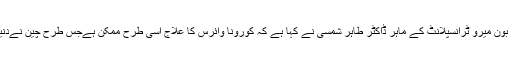
اسلام آباد: بون میرو ٹرانسپلانٹ کے ماہر ڈاکٹر طاہر شمسی نے کہا ہے کہ کورونا وائرس کا علاج اسی طرح ممکن ہےجس طرح چین نےدنیا کو بتایا۔